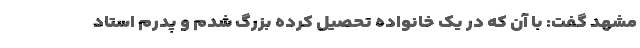
مشهد گفت: با آن که در یک خانواده تحصیل کرده بزرگ شدم و پدرم استاد